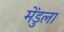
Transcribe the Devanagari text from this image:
मेंडुला